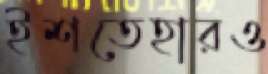
ইশতেহারও